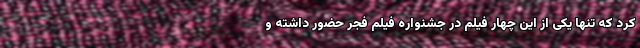
کرد که تنها یکی از این چهار فیلم در جشنواره فیلم فجر حضور داشته و